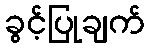
ခွင့်ပြုချက်